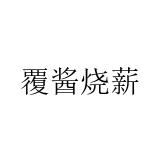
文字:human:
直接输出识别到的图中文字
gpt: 覆酱烧薪